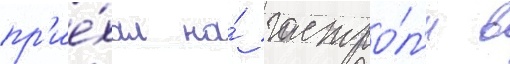
пр'ие́хал на́ гастро́л'и в